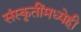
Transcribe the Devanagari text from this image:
संस्कृतींमध्येही